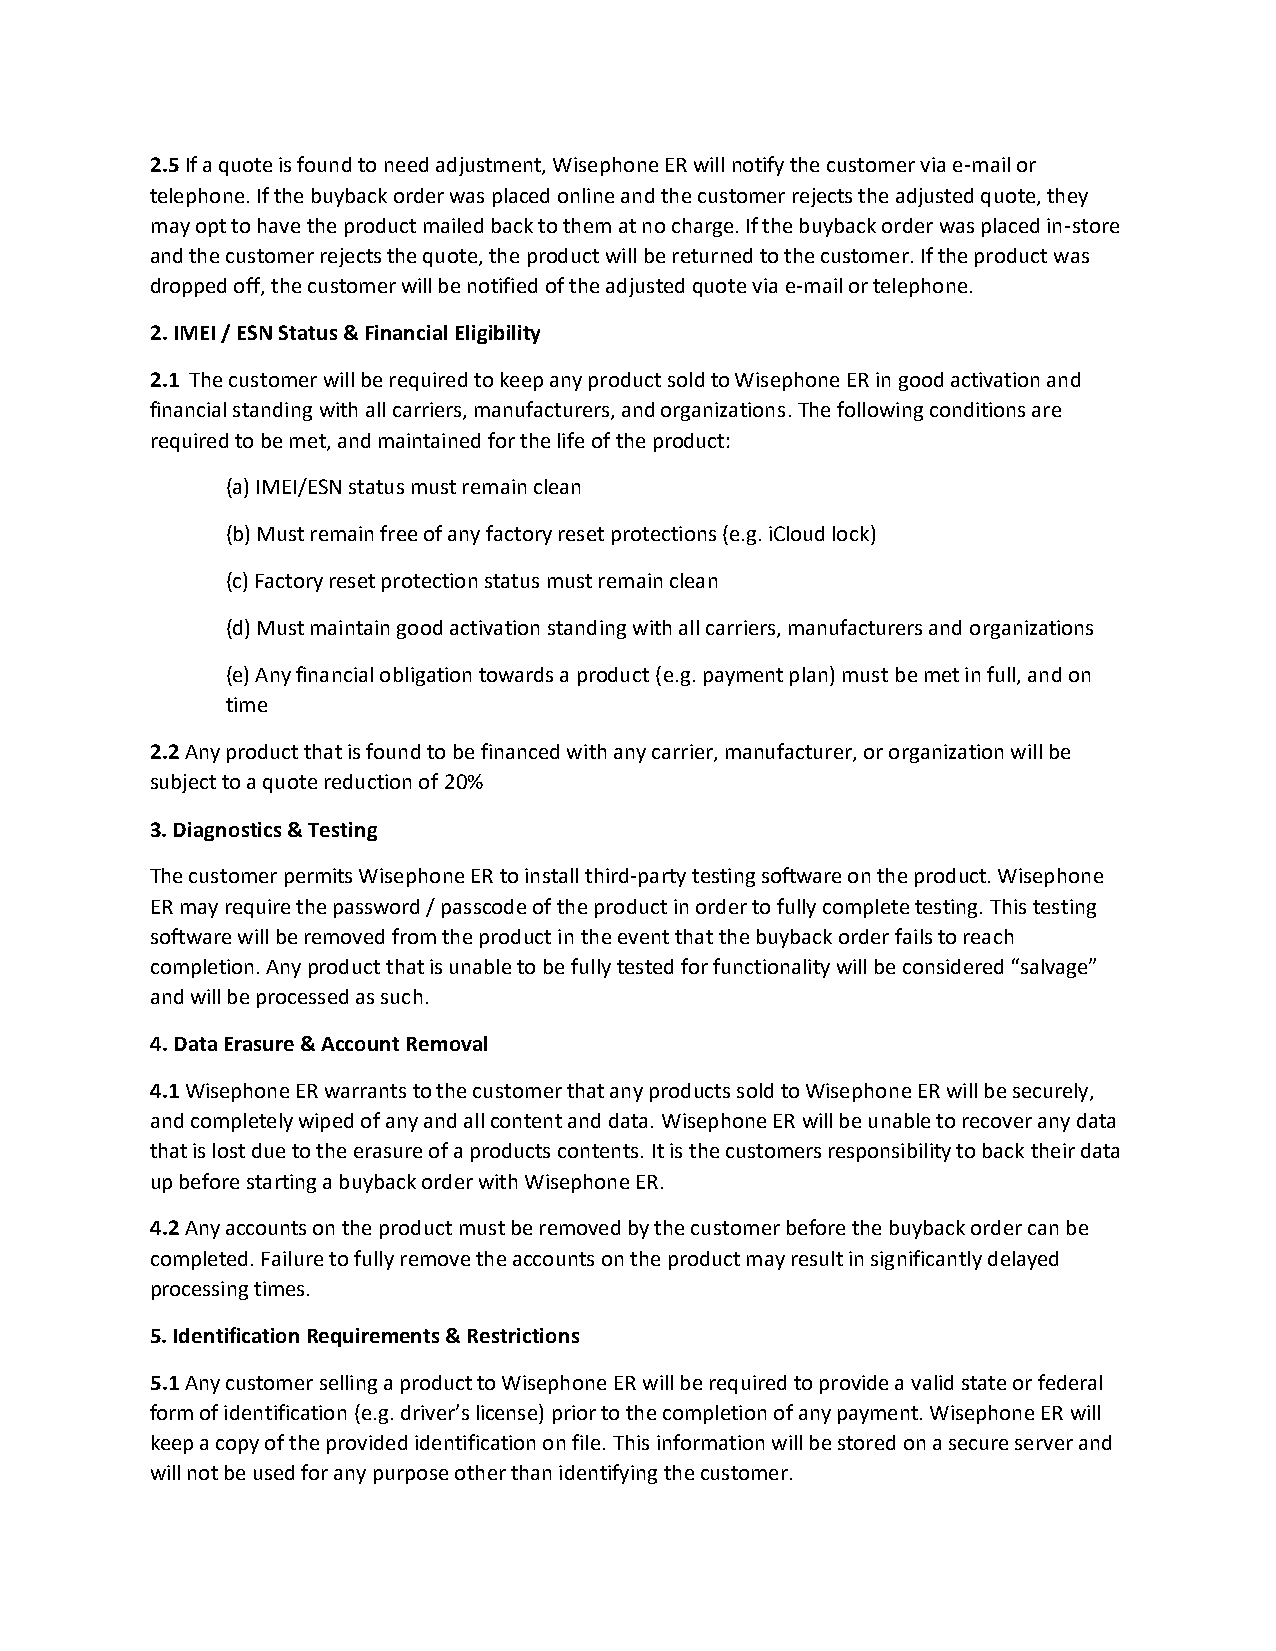
2.5 If a quote is found to need adjustment, Wisephone ER will notify the customer via e-mail or
 telephone. If the buyback order was placed online and the customer rejects the adjusted quote, they
 may opt to have the product mailed back to them at no charge. If the buyback order was placed in-store
 and the customer rejects the quote, the product will be returned to the customer. If the product was
 dropped off, the customer will be notified of the adjusted quote via e-mail or telephone.
 2. IMEI / ESN Status & Financial Eligibility
 2.1 The customer will be required to keep any product sold to Wisephone ER in good activation and
 financial standing with all carriers, manufacturers, and organizations. The following conditions are
 required to be met, and maintained for the life of the product:
 (a) IMEI/ESN status must remain clean
 (b) Must remain free of any factory reset protections (e.g. iCloud lock)
 (c) Factory reset protection status must remain clean
 (d) Must maintain good activation standing with all carriers, manufacturers and organizations
 (e) Any financial obligation towards a product (e.g. payment plan) must be met in full, and on
 time
 2.2 Any product that is found to be financed with any carrier, manufacturer, or organization will be
 subject to a quote reduction of 20%
 3. Diagnostics & Testing
 The customer permits Wisephone ER to install third-party testing software on the product. Wisephone
 ER may require the password / passcode of the product in order to fully complete testing. This testing
 software will be removed from the product in the event that the buyback order fails to reach
 completion. Any product that is unable to be fully tested for functionality will be considered “salvage”
 and will be processed as such.
 4. Data Erasure & Account Removal
 4.1 Wisephone ER warrants to the customer that any products sold to Wisephone ER will be securely,
 and completely wiped of any and all content and data. Wisephone ER will be unable to recover any data
 that is lost due to the erasure of a products contents. It is the customers responsibility to back their data
 up before starting a buyback order with Wisephone ER.
 4.2 Any accounts on the product must be removed by the customer before the buyback order can be
 completed. Failure to fully remove the accounts on the product may result in significantly delayed
 processing times.
 5. Identification Requirements & Restrictions
 5.1 Any customer selling a product to Wisephone ER will be required to provide a valid state or federal
 form of identification (e.g. driver’s license) prior to the completion of any payment. Wisephone ER will
 keep a copy of the provided identification on file. This information will be stored on a secure server and
 will not be used for any purpose other than identifying the customer.